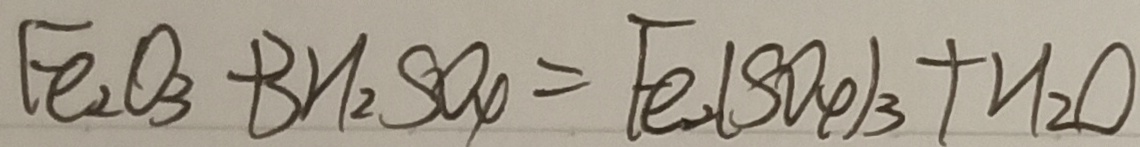
F e _ { 2 } O _ { 3 } + 3 H _ { 2 } S O _ { 4 } = F e _ { 2 } ( S O _ { 4 } ) _ { 3 } + H _ { 2 } O